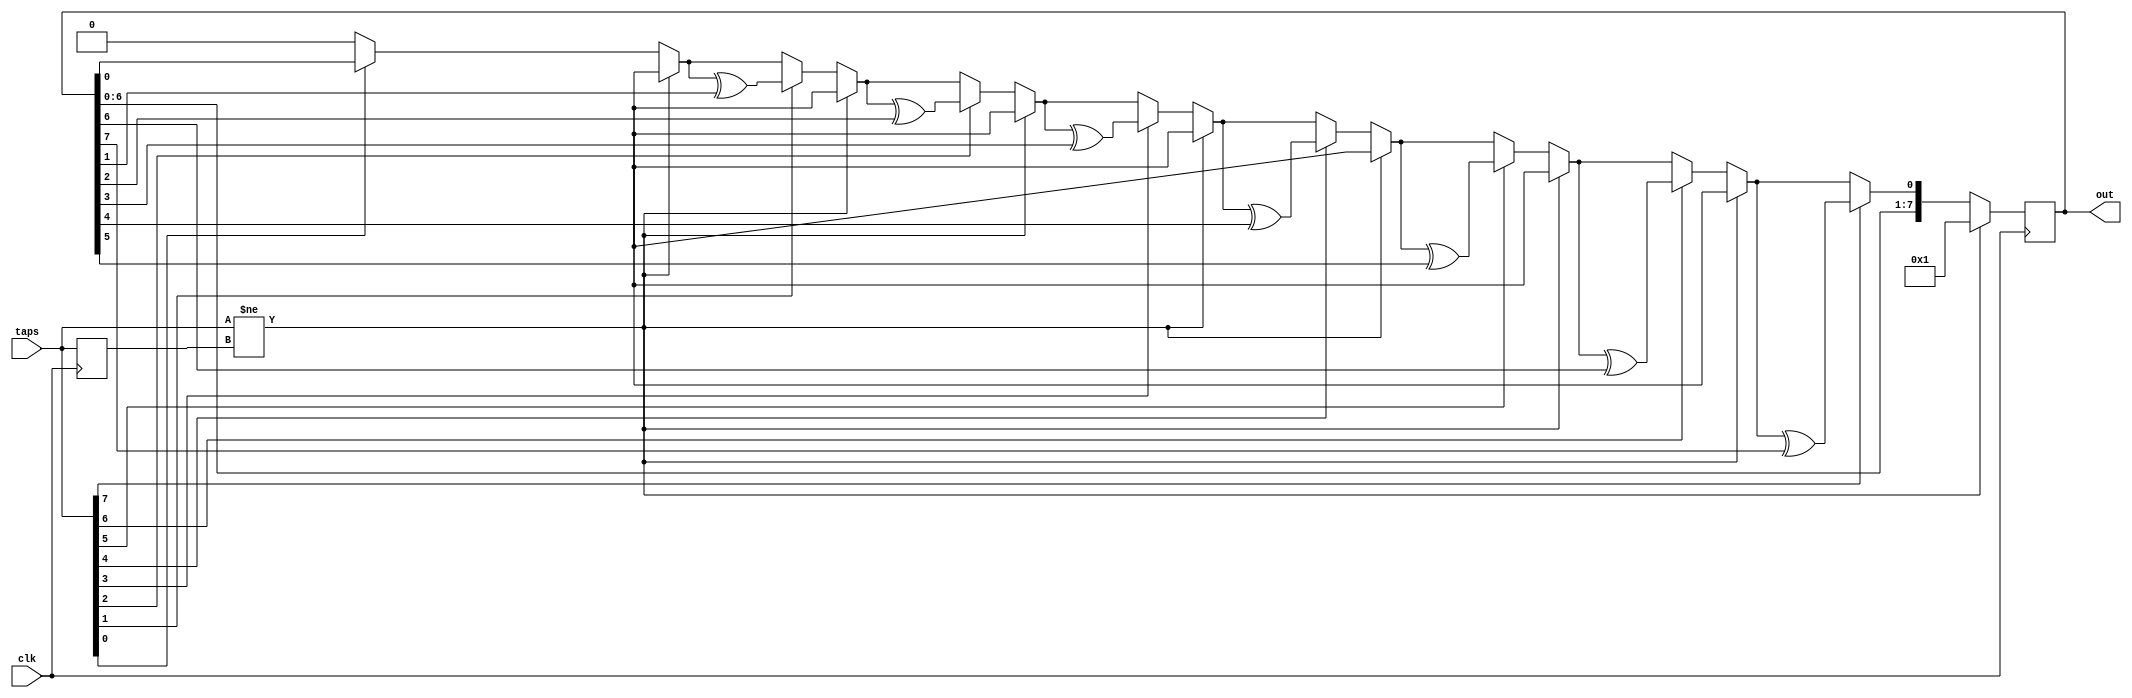
module lfsr #(parameter LFSRSIZE = 8, LFSRINIT = 1)
(
    input  clk,
    input  [LFSRSIZE-1:0] taps,
    output [LFSRSIZE-1:0] out
);

	reg [LFSRSIZE-1:0] lfsr = LFSRINIT;
	reg [LFSRSIZE-1:0] oldtaps = 0;
	reg next;
	reg [$clog2(LFSRSIZE):0] i;

	//use the taps to feedback bits into the LFSR
	always @(posedge clk) begin
		next = 0;
		if (taps != oldtaps) begin
			//reinitialize the LFSR if the taps change
			lfsr = LFSRINIT;
		end else begin
			for (i=0; i<LFSRSIZE; i=i+1) begin
				if (taps[i]) begin
					next = next ^ lfsr[i];
				end else begin
					next = next;
				end
			end
			lfsr = {lfsr[LFSRSIZE-2:0], next};
		end
		oldtaps = taps;
	end

	assign out = lfsr;
endmodule